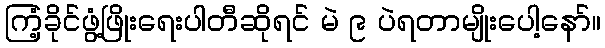
ကြံ့ခိုင်ဖွံ့ဖြိုးရေးပါတီဆိုရင် မဲ ၉ ပဲရတာမျိုးပေါ့နော်။